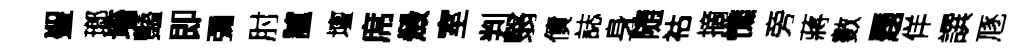
聖瑯墻豔即彌肘臚壇席燬室判翳債誌身随祜摘憔旁蔣數题佯譔豗